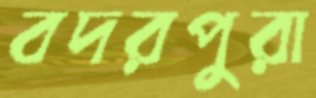
বদরপুরা